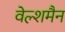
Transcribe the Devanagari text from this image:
वेल्शमैन